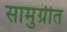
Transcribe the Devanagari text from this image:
सामुग्रीत